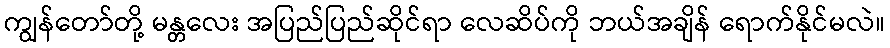
ကျွန်တော်တို့ မန္တလေး အပြည်ပြည်ဆိုင်ရာ လေဆိပ်ကို ဘယ်အချိန် ရောက်နိုင်မလဲ။